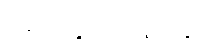
ဆောင်ရွက်ကြရာတွင်